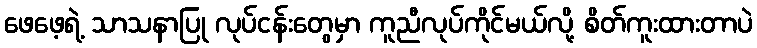
ဖေဖေ့ရဲ့ သာသနာပြု လုပ်ငန်းတွေမှာ ကူညီလုပ်ကိုင်မယ်လို့ စိတ်ကူးထားတာပဲ